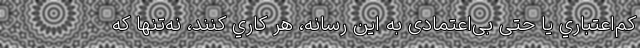
كم‌اعتباري یا حتی بی‌اعتمادی به اين رسانه، هر كاري كنند، نه‌تنها كه